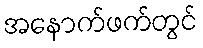
အနောက်ဖက်တွင်